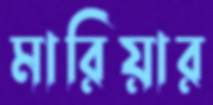
মারিয়ার